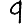
Digit: 9